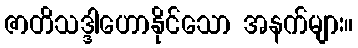
ဇာတိသဒ္ဒါဟောနိုင်သော အနက်များ။